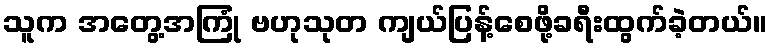
သူက အတွေ့အကြုံ ဗဟုသုတ ကျယ်ပြန့်စေဖို့ခရီးထွက်ခဲ့တယ်။